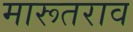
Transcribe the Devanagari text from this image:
मारूतराव